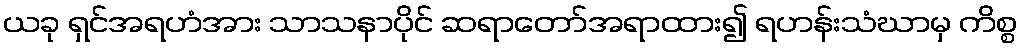
ယခု ရှင်အရဟံအား သာသနာပိုင် ဆရာတော်အရာထား၍ ရဟန်းသံဃာမှ ကိစ္စ